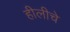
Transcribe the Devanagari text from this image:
हीलीचे